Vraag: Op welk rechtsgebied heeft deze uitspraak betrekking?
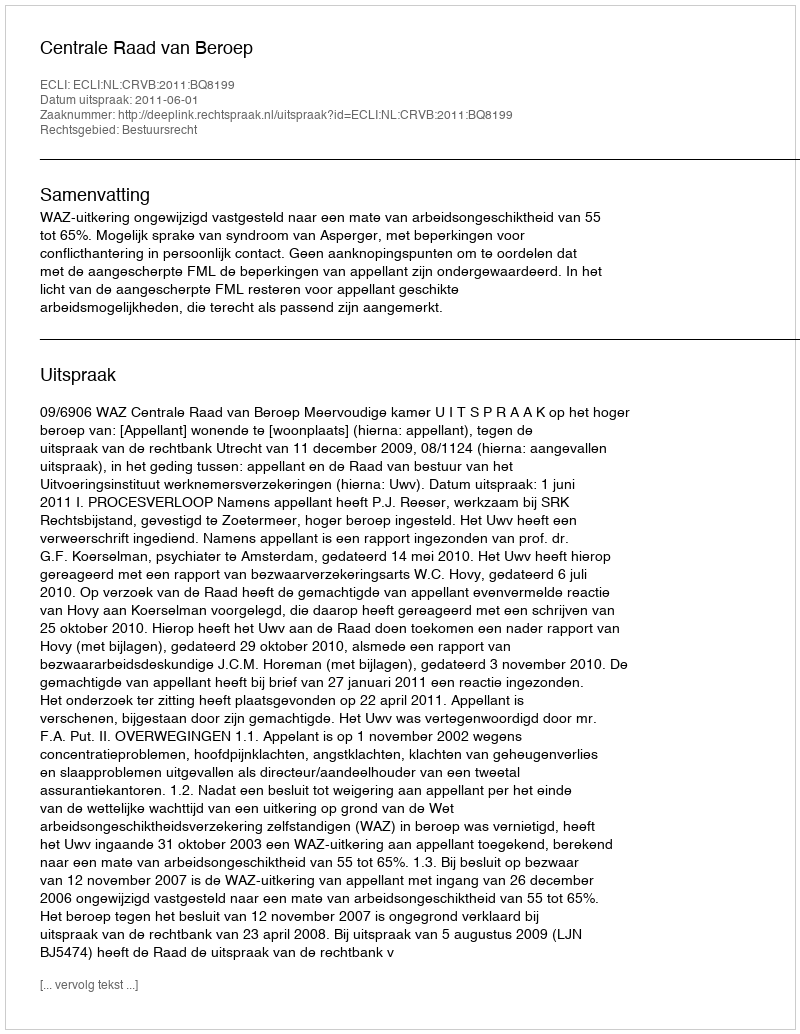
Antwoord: Bestuursrecht